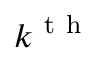
k ^ { \mathrm { ~ t ~ h ~ } }